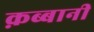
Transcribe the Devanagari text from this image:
क़ब्बानी